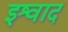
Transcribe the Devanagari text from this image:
इश्वाद